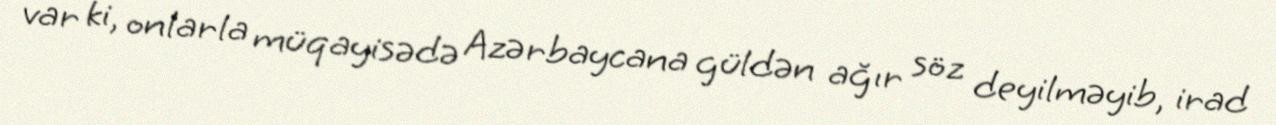
var ki, onlarla müqayisədə Azərbaycana güldən ağır söz deyilməyib, irad